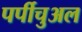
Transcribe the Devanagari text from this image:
पर्पीचुअल